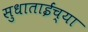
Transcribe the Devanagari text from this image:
सुधाताईंच्या